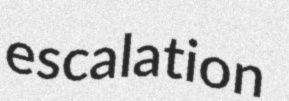
escalation